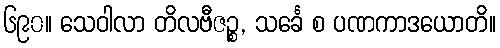
၆၉၀။ သေဝါလာ တိလဗီဇဉ္စ, သင်္ခေ စ ပဏကာဒယောတိ။